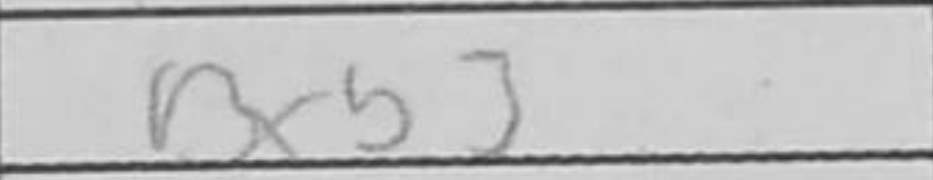
Transcription: Bxb3